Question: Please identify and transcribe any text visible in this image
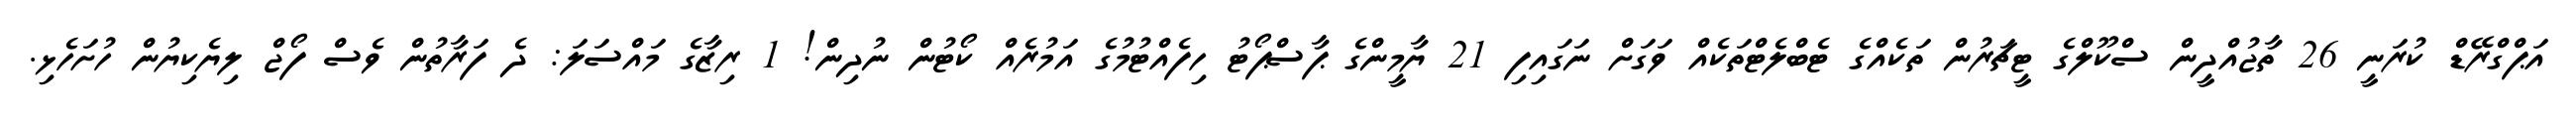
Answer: އަޕްގްރޭޑް ކުރަނީ 26 ތާޖުއްދީން ސްކޫލްގެ ޓީޗަރުން ތަކެއްގެ ޓެބްލެޓްތަކެއް ވަގަށް ނަގައިފި 21 ޔާމީންގެ ޕާސްޕޯޓު ހިފެއްޓުމުގެ އަމުރެއް ކޯޓުން ނުދިން! 1 ރިޒާގެ މައްސަލަ: ދެ ފަރާތުން ވެސް ފޯޖް ލިޔެކިޔުން ހުށަހެޅި.